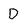
Character: D